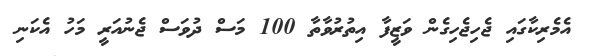
އެމެރިކާގައި ޖެހިޖެހިގެން ވަޒީފާ އިތުރުވާތާ 100 މަސް ދުވަސް ޖެނުއަރީ މަހު އެކަނި